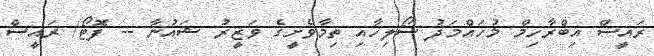
ރައީސް އިބްރާހިމް މުހައްމަދު ސޯލިހާއި ތިމާވެށީގެ ވަޒީރު ޝައުނާ -- ފޮޓޯ/ ރައީސް